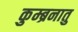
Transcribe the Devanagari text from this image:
कुम्ब्रनातु